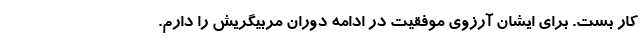
کار بست. برای ایشان آرزوی موفقیت در ادامه دوران مربیگریش را دارم.